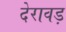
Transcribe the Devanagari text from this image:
देरावड़